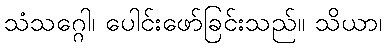
သံသဂ္ဂေါ၊ ပေါင်းဖော်ခြင်းသည်။ သိယာ၊